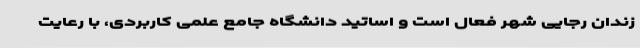
زندان رجایی شهر فعال است و اساتید دانشگاه جامع علمی کاربردی، با رعایت